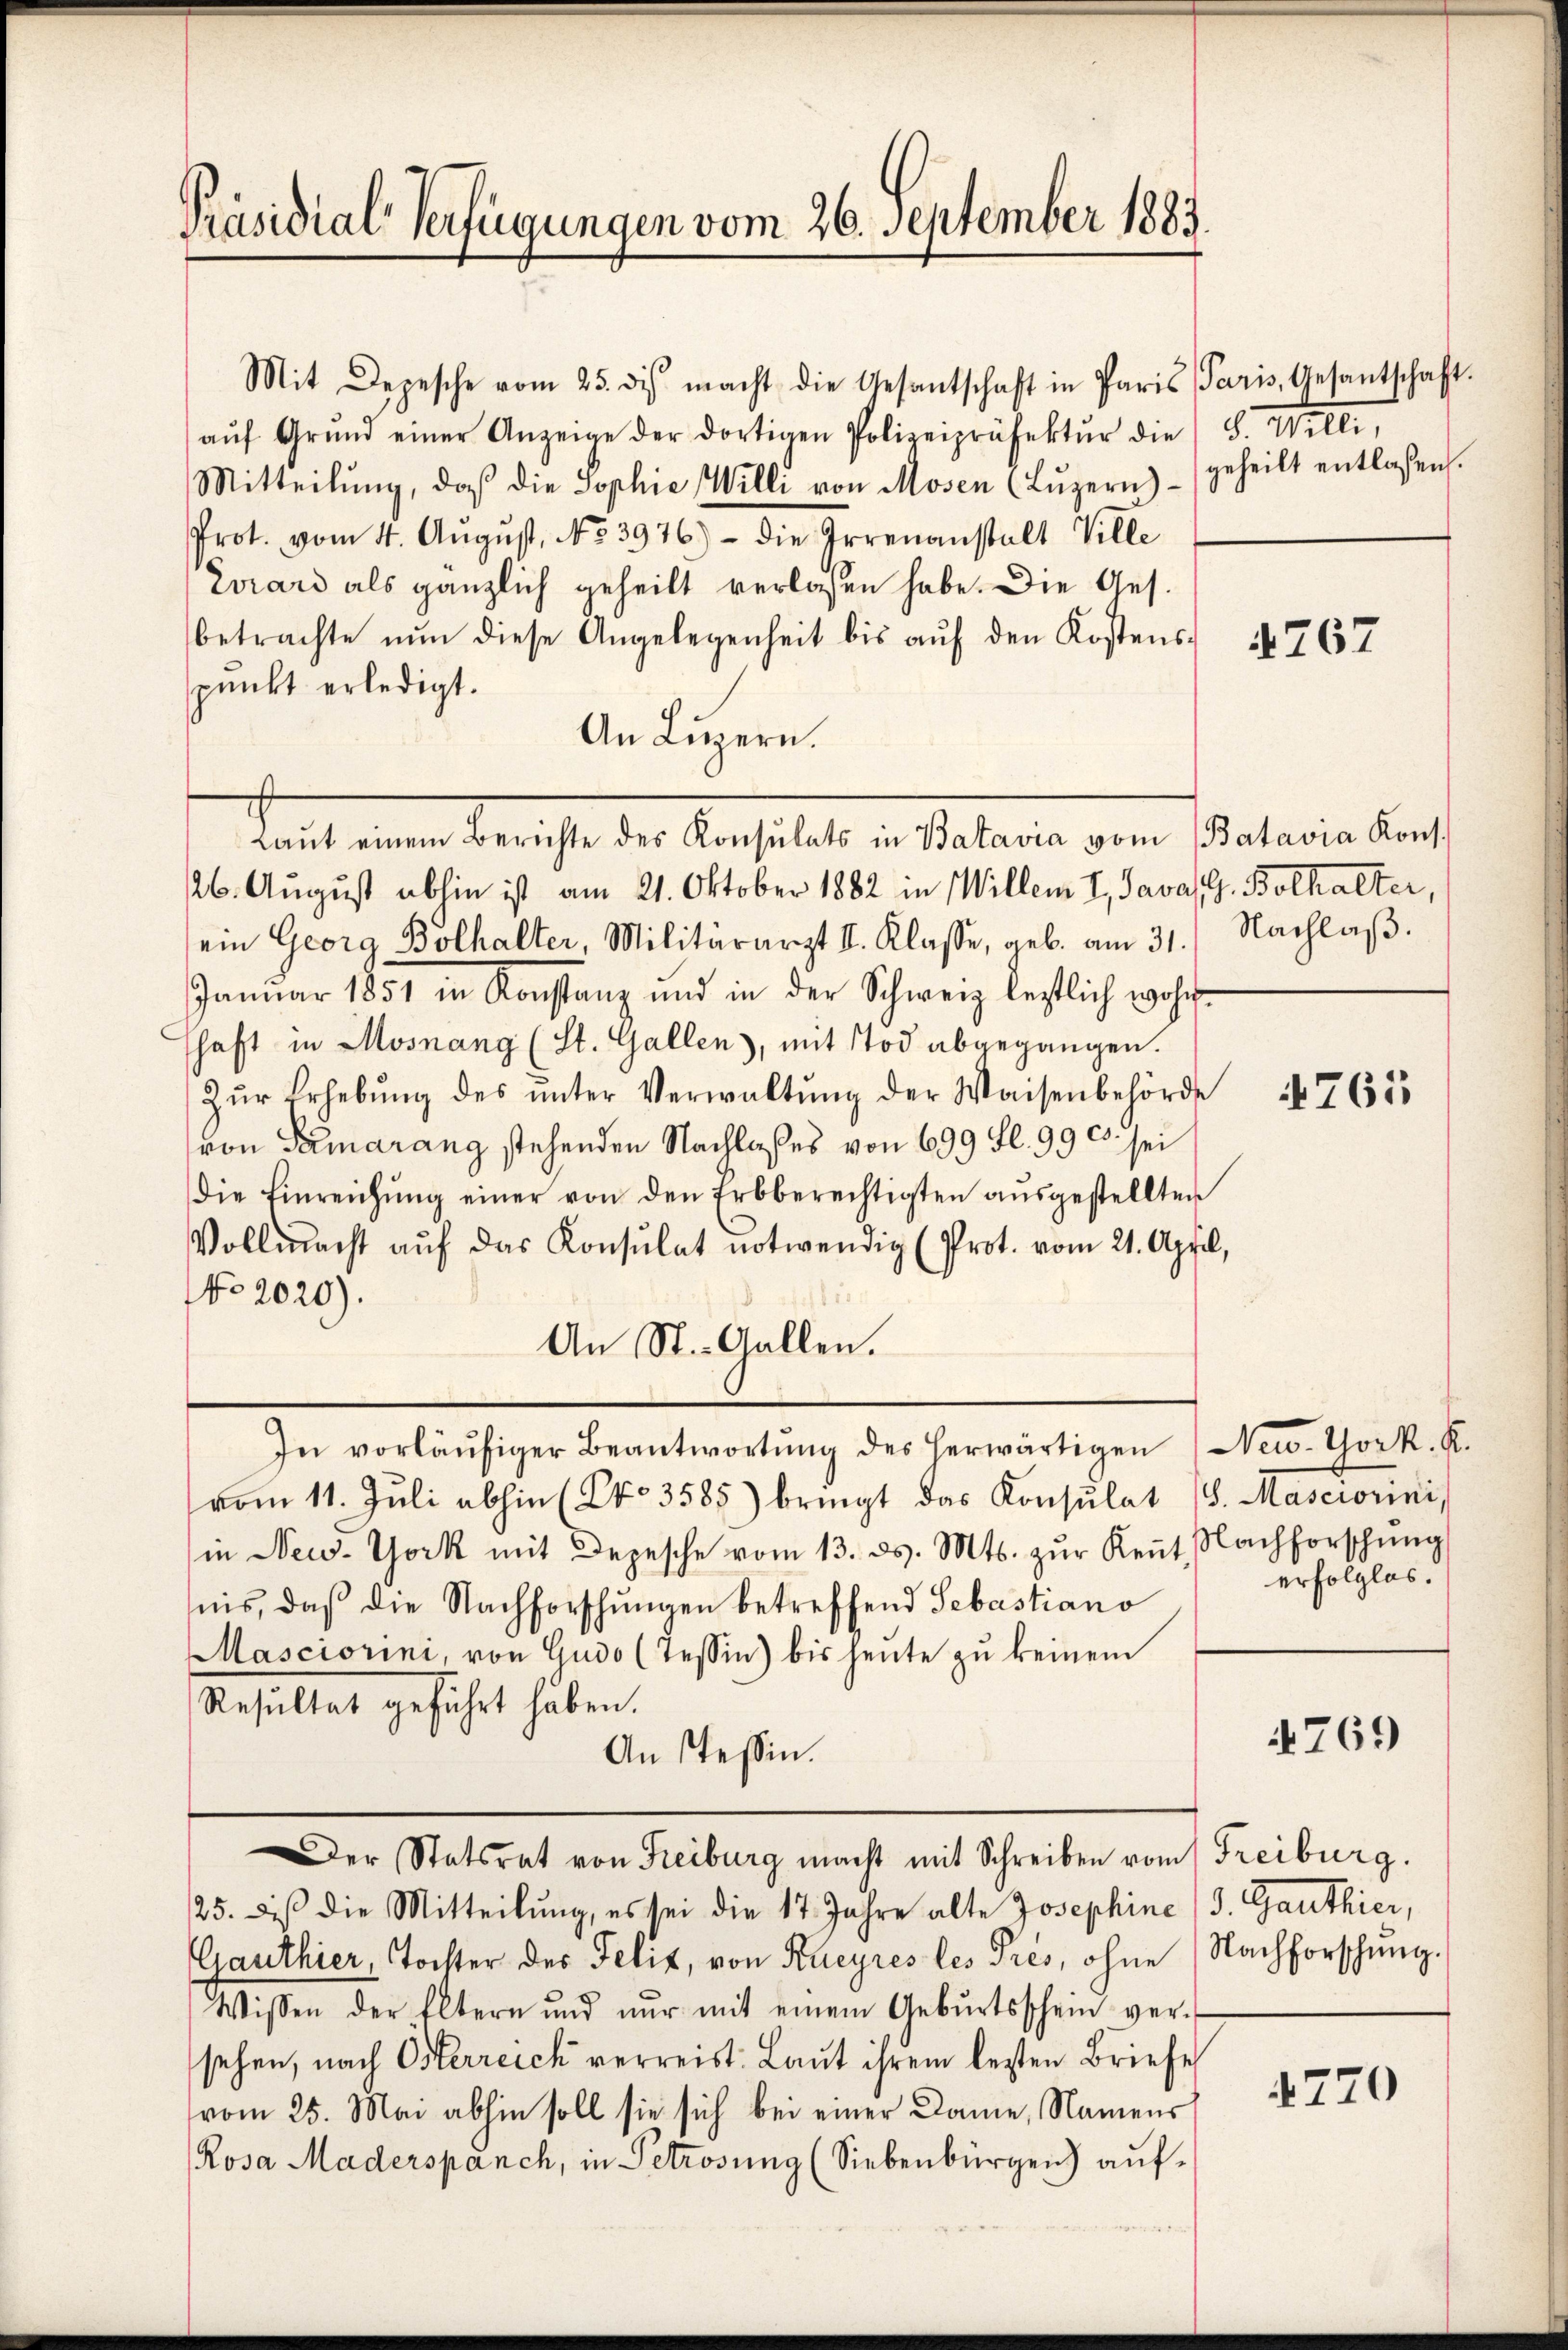
Präsidial-Verfügungen vom 26. September 1883.

Mit Depesche vom 25. di macht die Gesantschaft in Paris Paris, Gesantschaft.
aŭf Grŭnd einer Anzeige der dortigen Polizeipräsektŭr die (S. Willi,
Mitteilŭng, daß die Sophie Willi von Mosen (Lŭzern) geheilt entlassen.
Prot. vom 4. Aŭgŭst No. 3976) - die Irrenanstalt Ville
Zurard als gänzlich geheilt verlassen habe. Die Ges.
betrachte nŭn diese Angelegenheit bis aŭf den Kostens-
punkt erledigt.
An Luzern.
Laut eine Berichte der Anstaltete in Statuten dem Vaterien durch
26. August abhin ist am 21. Oktober 1882 in Willem I, Java G. Bolhalter,
ein Georg Bolhalter, Militärarzt II. Klasse, geb. am 31. Nachlaβ.
Janŭar 1851 in Konstanz und in der Schweiz lestlich woh
schaft in Mosnang (St. Gallen), mit Tod abgegangen.
Zŭr Erhebŭng des ŭnter Verwaltŭng der Waisenbehörde
von Samarang stehenden Nachlaßes von 699 fl. 99 c sei
die Einreichŭng einer von den Erbberechtigten aŭsgestellten
Vollmacht aŭf das Konsulat notwendig (Prot. vom 21. April,
No 2020).
An St. Gallen.
In vorläŭfiger Beantwortŭng des herwärtigen New-York. K.
vom 11. Jŭli abhin (Pro. 3585) bringt das Konsulat (S. Mascrorini,
in New-York mit Depesche vom 13. ds. Mts. zŭr Keṅt, Nachforschŭng
nis, daß die Nachforschungen betreffend Sebastiano
Masciorini, von Gudo (Tessin bis heute zŭ keinem
Resultet geführt haben.
An Tessin.
Der Statsrat von Freiburg macht mit Schreiben vom Freiburg.
25. dis die Mitteilung, es sei die 17 Jahre alte Josephine (S. Ganthier,
Ganthier, Tochter des Felit, von Kueyres les Prés, ohne Nachforschŭng.
Wissen der Eltern und nur mit einem Gebŭrtsschein ver-
sehen, nach Osterreich verreist: Laut ihrem lezten Briefe
vom 25. Mai abhin soll sie sich bei einer Dame, Namens
Rosa Maderspanch, in Petrosung (Siebenbürgen) auf-

767

4761

erfolglos.

4769

4770